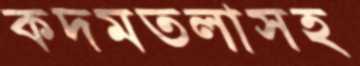
কদমতলাসহ